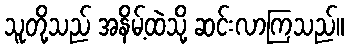
သူတို့သည် အနိမ့်ထဲသို့ ဆင်းလာကြသည်။